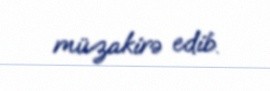
müzakirə edib.